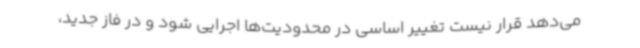
می‌دهد قرار نیست تغییر اساسی در محدودیت‌ها اجرایی شود و در فاز جدید،